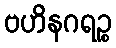
ဗဟိနဂရဉ္စ